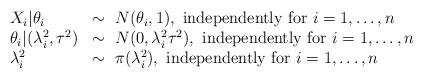
\begin{align*} \begin{array}{ll} X_i|\theta_i &\sim \mbox{ } N(\theta_i,1), \mbox{ independently for } i=1,\dots,n\\ \theta_{i}|(\lambda_i^2, \tau^2) &\sim \mbox{ }N(0,\lambda_i^2\tau^2), \mbox{ independently for } i=1,\dots,n \\ \lambda_i^2 &\sim \mbox{ } \pi(\lambda_i^2), \mbox{ independently for } i=1,\dots,n \end{array} \end{align*}